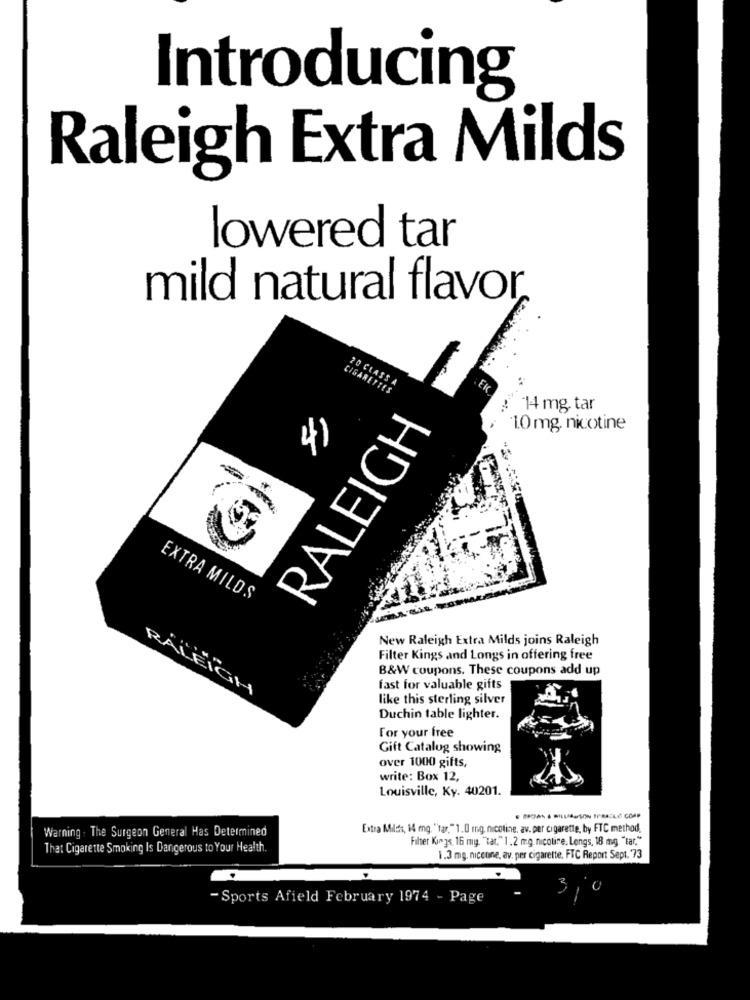
Introducing
Raleigh Extra Milds
lowered tar
mild natural flavor
20 CLASS A
CIGARETTES
:: 14 mg, tar
RALEIGH
1.0 mg, nicotine
4)
EXTRA MILDS
New Raleigh Extra Milds joins Raleigh
Filter Kings and Longs in offering free
B&W coupons. These coupons add up
RALEIGH
fast for valuable gifts
like this sterling silver
Duchin table lighter.
For your free
Gift Catalog showing
over 1000 gifts,
write: Box 12,
Louisville, Ky. 40201.
Extra Milds, 14 mg. "tar."1.0 mg. nicotine. av. per cigarette, by FTC method.
Warning . The Surgeon General Has Determined
Filter Kings. 16 my. "tat." 1.2 mg. nicotine. Longs, 18 mg. "tar,"
That Cigarette Smoking Is Dangerous to Your Health.
1.3 mg. niceune, av. per cigarette, FTC Report Sept. 73
- Sports Afield February 1974 - Page